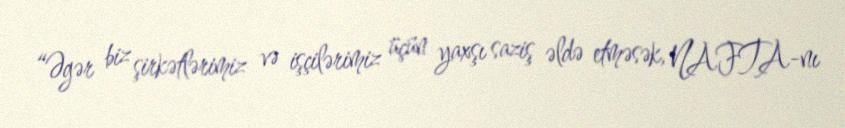
“Əgər biz şirkətlərimiz və işçilərimiz üçün yaxşı saziş əldə etməsək, NAFTA-nı